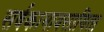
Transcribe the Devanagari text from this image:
सर्वकामावसायिता